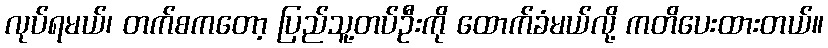
လုပ်ရမယ်၊ တက်စကတော့ ပြည်သူ့တပ်ဦးကို ထောက်ခံမယ်လို့ ကတိပေးထားတယ်။